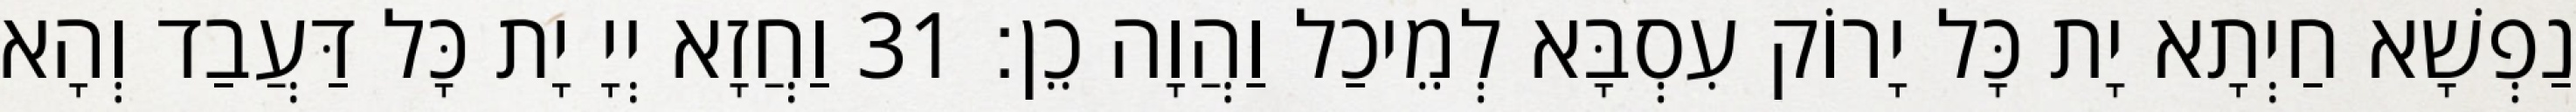
נַפְשָׁא חַיְתָא יָת כָּל יָרוֹק עִסְבָּא לְמֵיכַל וַהֲוָה כֵן׃ 31 וַחֲזָא יְיָ יָת כָּל דַּעֲבַד וְהָא